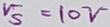
Text: V5=10V